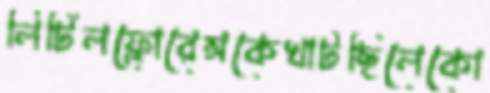
লিটিলফ্লোরেন্সকেখাটছিলেকো